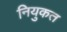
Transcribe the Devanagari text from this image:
नियुकत